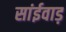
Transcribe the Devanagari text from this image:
सांईवाड़